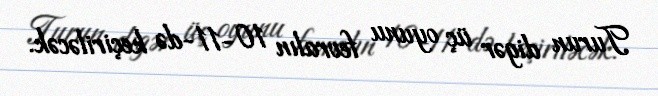
Turun digər üç oyunu fevralın 10-11-də keçiriləcək.